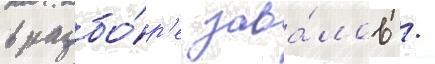
в разбо́р'е зава́лов /